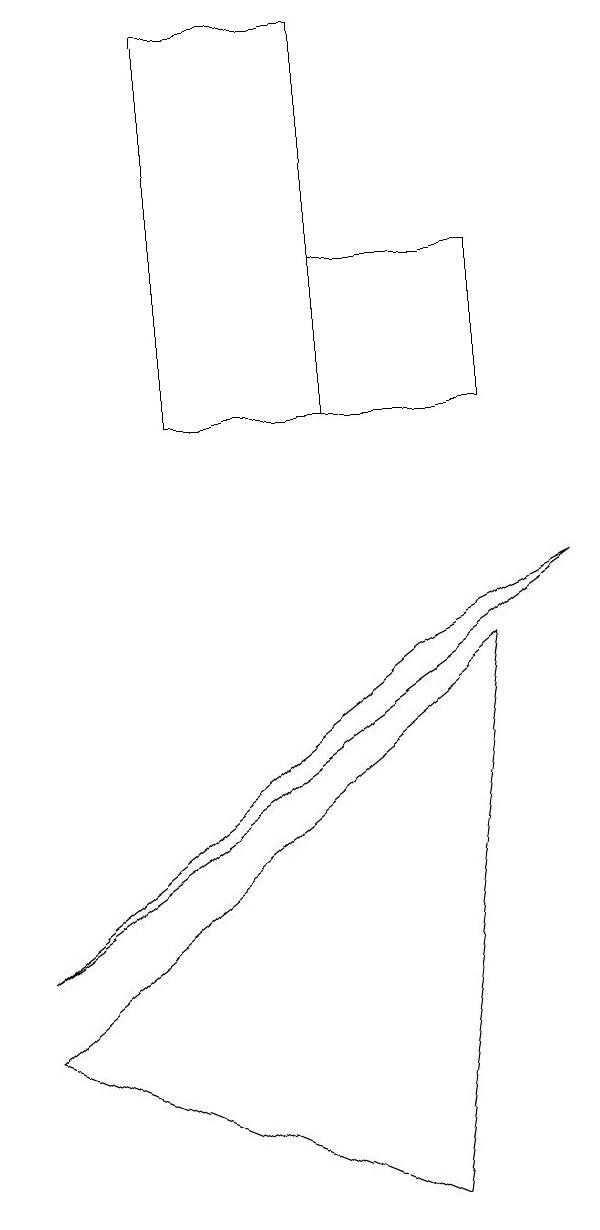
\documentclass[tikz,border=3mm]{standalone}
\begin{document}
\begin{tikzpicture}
\draw (4,13) rectangle (6,11);
\draw (5,1) -- (0,3) -- (6,8) -- cycle;
\draw (0,4) -- (7,9) -- (5,8) -- cycle;
\draw (2,11) rectangle (4,16);
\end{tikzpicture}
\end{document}